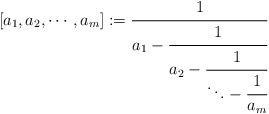
\begin{align*}[a_1,a_2, \cdots ,a_m]:=\cfrac{1}{a_1-\cfrac{1}{a_2-\cfrac{1}{\ddots -\cfrac{1}{a_{m}}}}}\end{align*}